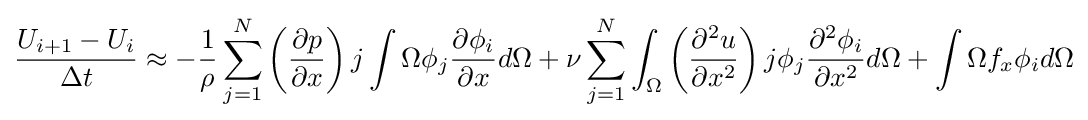
{\frac {U_{i+1}-U_{i}}{\Delta t}}\approx -{\frac {1}{\rho }}\sum _{j=1}^{N}\left({\frac {\partial p}{\partial x}}\right)j\int {\Omega }\phi _{j}{\frac {\partial \phi _{i}}{\partial x}}d\Omega +\nu \sum _{j=1}^{N}\int _{\Omega }\left({\frac {\partial ^{2}u}{\partial x^{2}}}\right)j\phi _{j}{\frac {\partial ^{2}\phi _{i}}{\partial x^{2}}}d\Omega +\int {\Omega }f_{x}\phi _{i}d\Omega